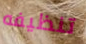
تنظيفه